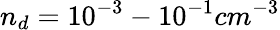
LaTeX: n_{d}=10^{-3}-10^{-1}cm^{-3}